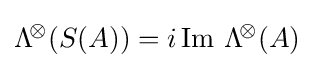
\mathrm {\Lambda } ^{\!\otimes }\!\left({S(A)}\right)=i\,\mathrm {Im} \ \mathrm {\Lambda } ^{\!\otimes }\!\left({A}\right)